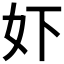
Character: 𫰈